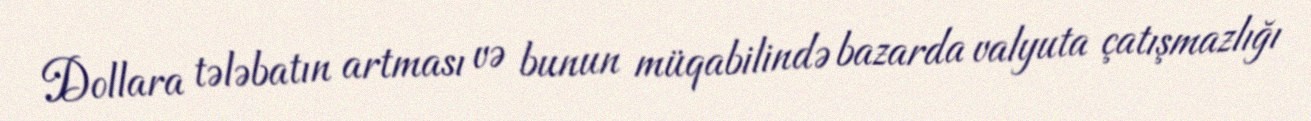
Dollara tələbatın artması və bunun müqabilində bazarda valyuta çatışmazlığı